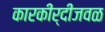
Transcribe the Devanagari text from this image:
कारकीर्दीजवळ